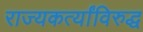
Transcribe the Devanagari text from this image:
राज्यकर्त्यांविरुद्ध